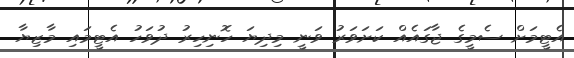
އެޓީމަށް ސެމީގެ ޖާގައެއް ކަށަވަރު ވަނީ މިދިޔަ ހޮނިހިރު ދުވަހު އެޓީމައި މާޒިޔާ